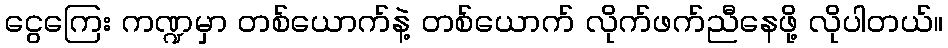
ငွေကြေး ကဏ္ဍမှာ တစ်ယောက်နဲ့ တစ်ယောက် လိုက်ဖက်ညီနေဖို့ လိုပါတယ်။